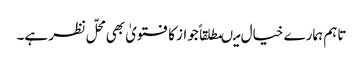
تاہم ہمارے خیال میںمطلقاً جواز کا فتویٰ بھی محلّ نظر ہے۔